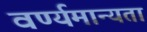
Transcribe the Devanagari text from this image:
वर्ण्यमान्यता